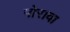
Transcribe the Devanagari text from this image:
पोरावा